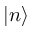
\left| n \right\rangle